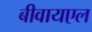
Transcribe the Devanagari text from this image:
बीवायएल